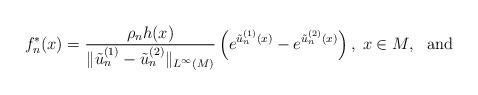
LaTeX: \begin{align*}f_n^*(x)=\frac{\rho_nh(x)}{\|\tilde{u}_n^{(1)}-\tilde{u}_n^{(2)}\|_{L^{\infty}(M)}}\left(e^{\tilde{u}_n^{(1)}(x)}-e^{\tilde{u}_n^{(2)}(x)}\right), \;x\in M, \ \ \textrm{and}\end{align*}